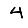
Digit: 4